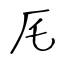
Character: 厇